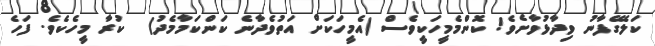
ކަލޭގެފާނު ވިދާޅުވާށެވެ! ކޮންމެމީހަކީވެސް (އެމީހަކަށް އަތުވެދާނެ ކަންކަމާމެދު)  ކުރާ މީހެކެވެ. ފަހެ